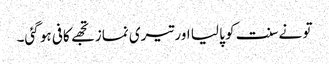
تو نےسنت کو پا لیا اور تیری نماز تجھے کافی ہو گئی۔